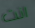
انت